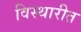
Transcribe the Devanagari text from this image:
विस्थारीत